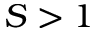
S > 1